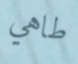
طاهي